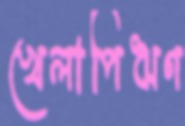
খেলাপিঋণ